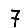
Digit: 7